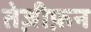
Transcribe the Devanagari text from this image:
तेज़ीफ़न